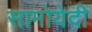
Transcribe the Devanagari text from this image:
सामोयेदी